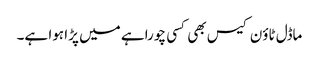
ماڈل ٹاؤن کیس بھی کسی چوراہے میں پڑا ہوا ہے۔